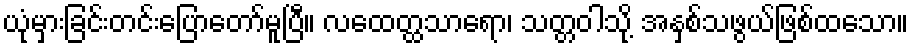
ယုံမှားခြင်းတင်းပြောတော်မူပြီ။ လထေတ္ထသာရော၊ သတ္တဝါသို့ အနှစ်သဖွယ်ဖြစ်ထသော။